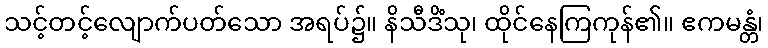
သင့်တင့်လျောက်ပတ်သော အရပ်၌။ နိသီဒိံသု၊ ထိုင်နေကြကုန်၏။ ဧကမန္တံ၊